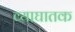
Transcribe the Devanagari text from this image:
व्याघातक